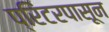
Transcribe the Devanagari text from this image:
प्रिंटरपासून